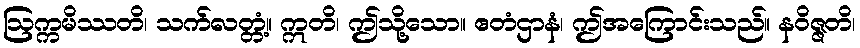
ဩက္ကမိဿတိ၊ သက်လတ္တံ့။ ဣတိ၊ ဤသို့သော။ ဧတံဌာနံ၊ ဤအကြောင်းသည်။ နဝိဇ္ဇတိ၊